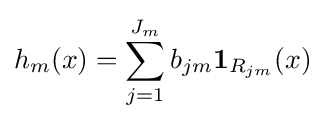
h_{m}(x)=\sum _{j=1}^{J_{m}}b_{jm}\mathbf {1} _{R_{jm}}(x)